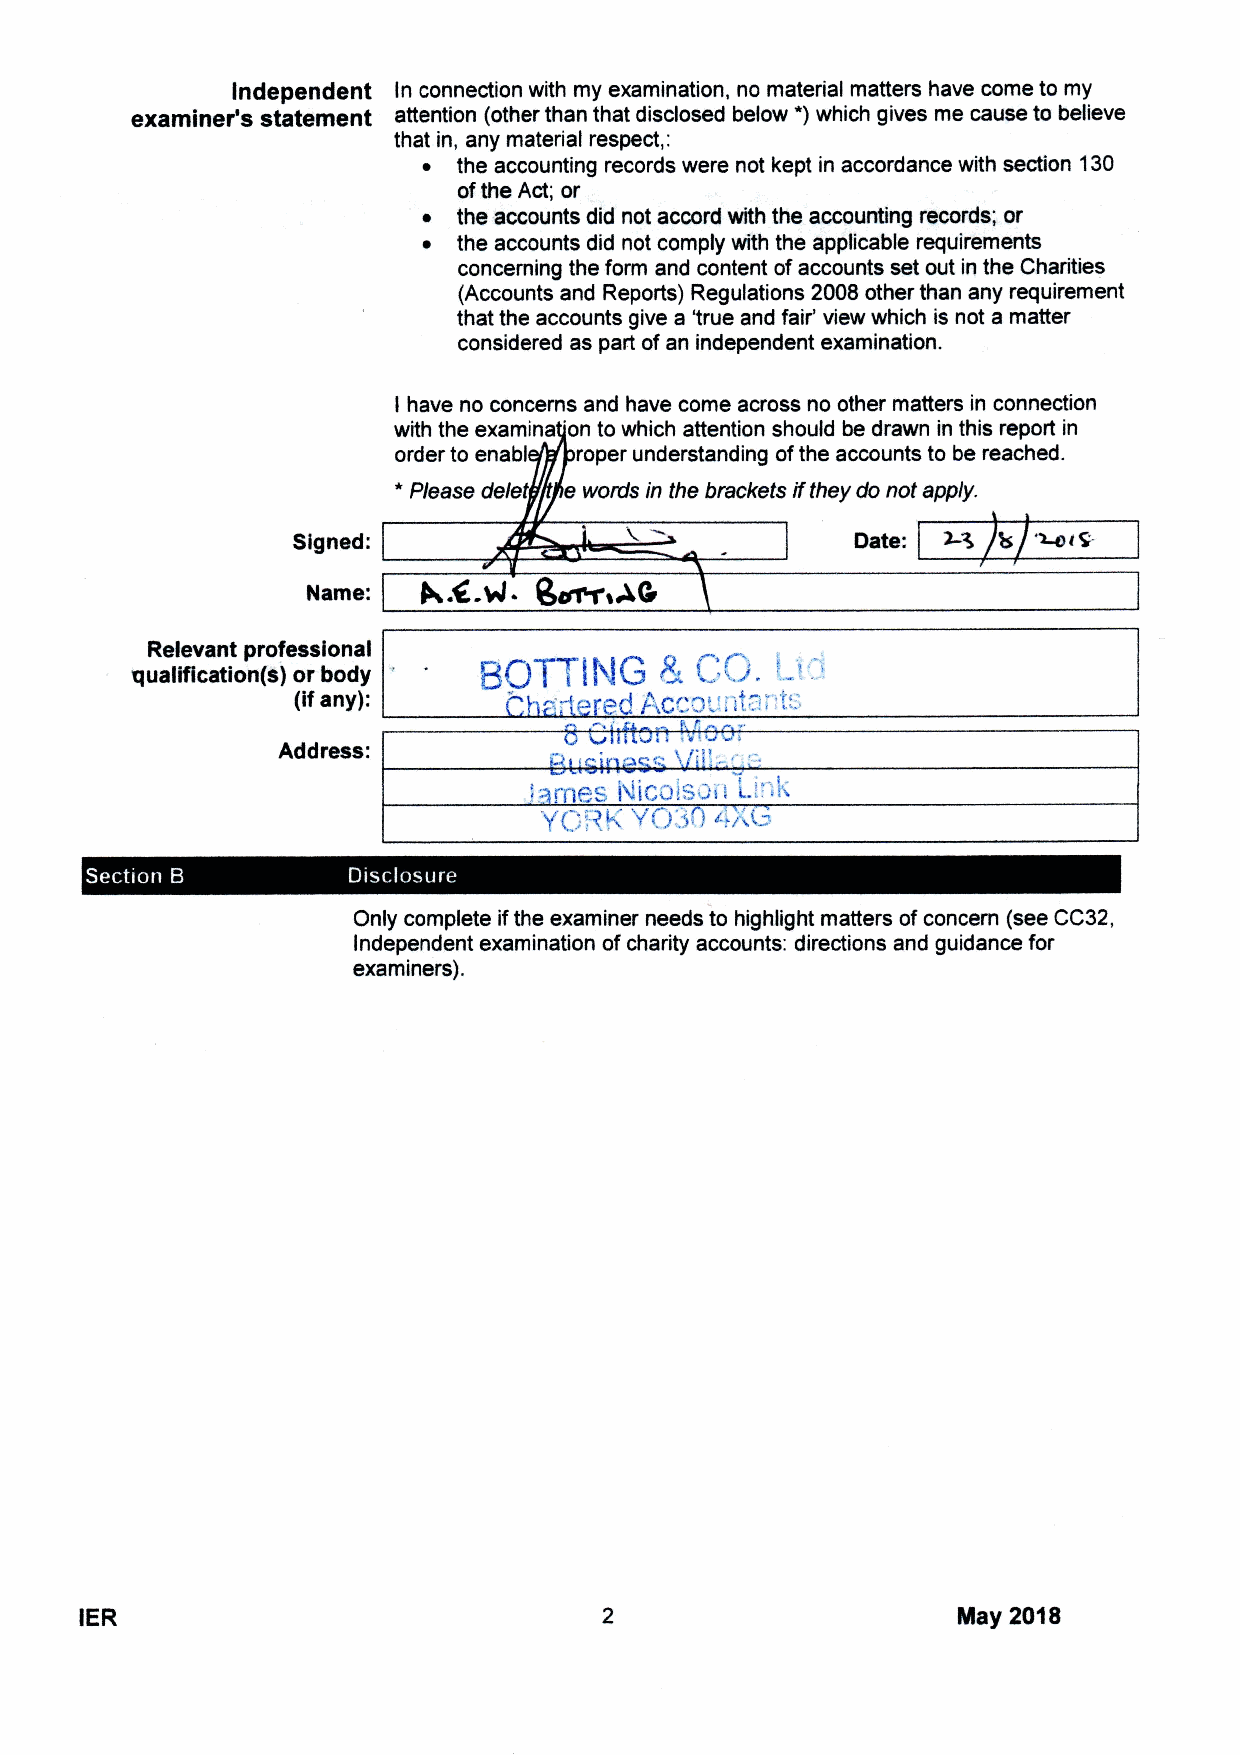
Independent In connection with my examination, no material matters have come to my
 exafginef statement attention (other than that disclosed below *)which gives me cause to believe
 Q
 that in, any material respect, :
 ~ the accounting records were not kept in accordance with section 130
 ofthe Act; or
 ~ the accounts did not accord with the accounting records; or
 ~ the accounts did not comply with the applicable requirements
 concerning the form and content ofaccounts set out in the Charities
 (Accounts and Reports) Regulations 2008 other than any requirement
 that the accounts give a 'true and fair' view which is not a matter
 considered as part ofan independent examination.
 I have no concerns and have come across no other matters in connection
 with the examina on to which attention should be drawn in this report in
 order to enabl roper understanding ofthe accounts to be reached.
 *
 Please delet e words in the brackets ifthey do not apply.
 Signed:                               Date:
 Name:
 Relevant professional
 qualification(s) or body
 (lfany):
 Address:
 rip& IXICQ(S'il t..","~
 g(';!04VQ,'3~.) ~.'i~&"
 Only complete ifthe examiner needs to highlight matters ofconcern (see CC32,
 Independent examination ofcharity accounts: directions and guidance for
 examiners).
 IER                                                       liilay 2018